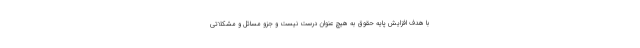
با هدف افزایش پایه حقوق به هیچ عنوان درست نیست و جزو مسائل و مشکلاتی